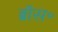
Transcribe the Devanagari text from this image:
ब्रॉस॰